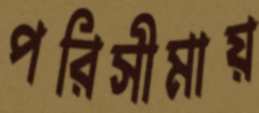
পরিসীমায়